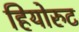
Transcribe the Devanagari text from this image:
हियोरुट